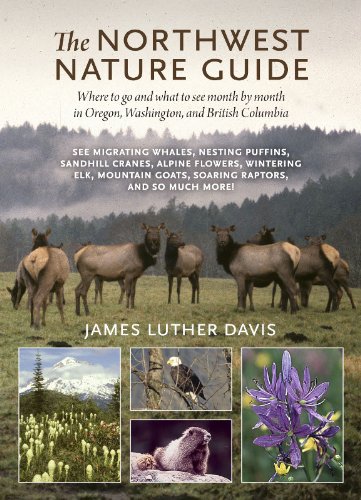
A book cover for The Northwest Nature Guide: Where to Go and What to See Month by Month in Oregon, Washington, and British Columbia; James Luther Davis; Travel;